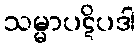
သမ္မာပဋိပဒါ